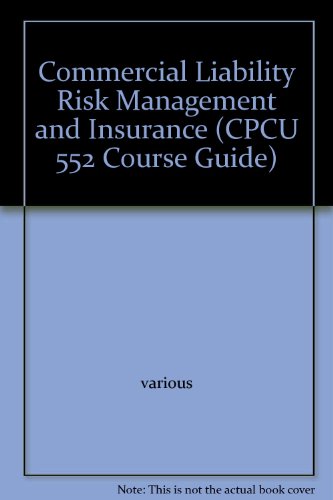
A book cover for Commercial Liability Risk Management and Insurance (CPCU 552 Course Guide); Business & Money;